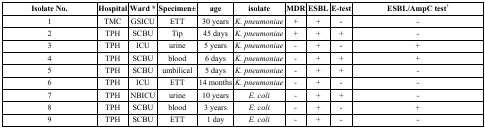
| Isolate No. | Hospital | Ward * | Specimen± | age | isolate | MDR | ESBL | E-test | ESBL/AmpC test† |
 | --- | --- | --- | --- | --- | --- | --- | --- | --- | --- |
 | 1 | TMC | GSICU | ETT | 30 years | K. pneumoniae | + | + | - | - |
 | 2 | TPH | SCBU | Tip | 45 days | K. pneumoniae | + | + | + | - |
 | 3 | TPH | ICU | urine | 5 years | K. pneumoniae | - | + | - | + |
 | 4 | TPH | SCBU | blood | 6 days | K. pneumoniae | - | + | + | + |
 | 5 | TPH | SCBU | umbilical | 5 days | K. pneumoniae | - | + | + | - |
 | 6 | TPH | ICU | ETT | 14 months | K. pneumoniae | - | + | - | - |
 | 7 | TPH | NBICU | urine | 10 years | E. coli | - | + | + | - |
 | 8 | TPH | SCBU | blood | 3 years | E. coli | - | + | - | + |
 | 9 | TPH | SCBU | ETT | 1 day | E. coli | - | + | - | - |